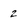
Character: z